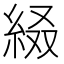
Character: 𦀁